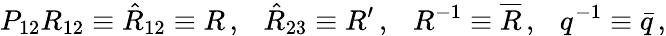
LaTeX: P_{12}R_{12}\equiv\hat{R}_{12}\equiv R\, ,\ \ \ \hat{R}_{23}\equiv R^{\prime}\, ,\ \ \ R^{-1}\equiv\overline{{{R}}}\, ,\ \ \ q^{-1}\equiv\bar{q}\, ,